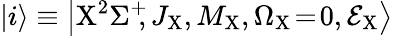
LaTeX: \left|i\right>\equiv\left|\mathrm{X}^{2}\Sigma^{+}\! \! ,J_{\mathrm{X}},M_{\mathrm{X}},\Omega_{\mathrm{X}}\! =\! 0,\mathcal{E}_{\mathrm{X}}\right>